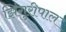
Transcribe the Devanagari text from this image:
झिंगुरीपाल